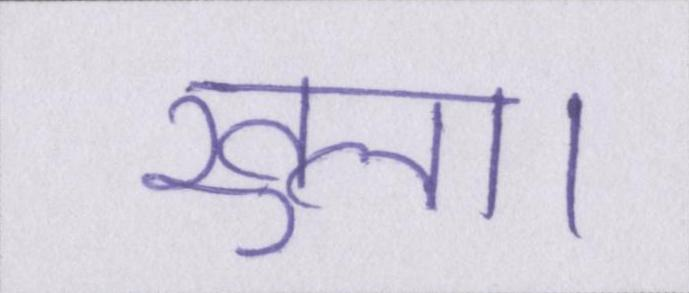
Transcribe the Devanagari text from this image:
खुला।